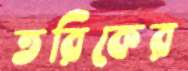
তরিকের